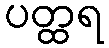
ပတ္ထရ